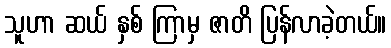
သူဟာ ဆယ် နှစ် ကြာမှ ဇာတိ ပြန်လာခဲ့တယ်။